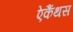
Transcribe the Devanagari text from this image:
ऐकैंथस